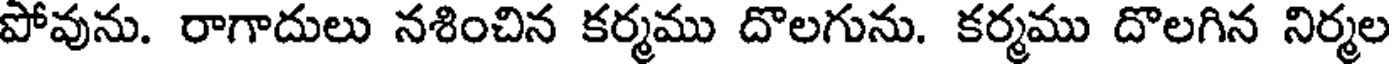
పోవును. రాగాదులు నశించిన కర్మము దొలగును. కర్మము దొలగిన నిర్మల